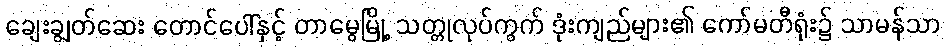
ချေးချွတ်ဆေး တောင်ပေါ်နှင့် တာမွေမြို့ သတ္တုလုပ်ကွက် ဒုံးကျည်များ၏ ကော်မတီရုံး၌ သာမန်သာ